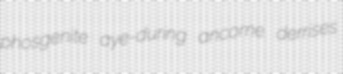
phosgenite aye-during ancome derrises